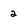
Character: 2